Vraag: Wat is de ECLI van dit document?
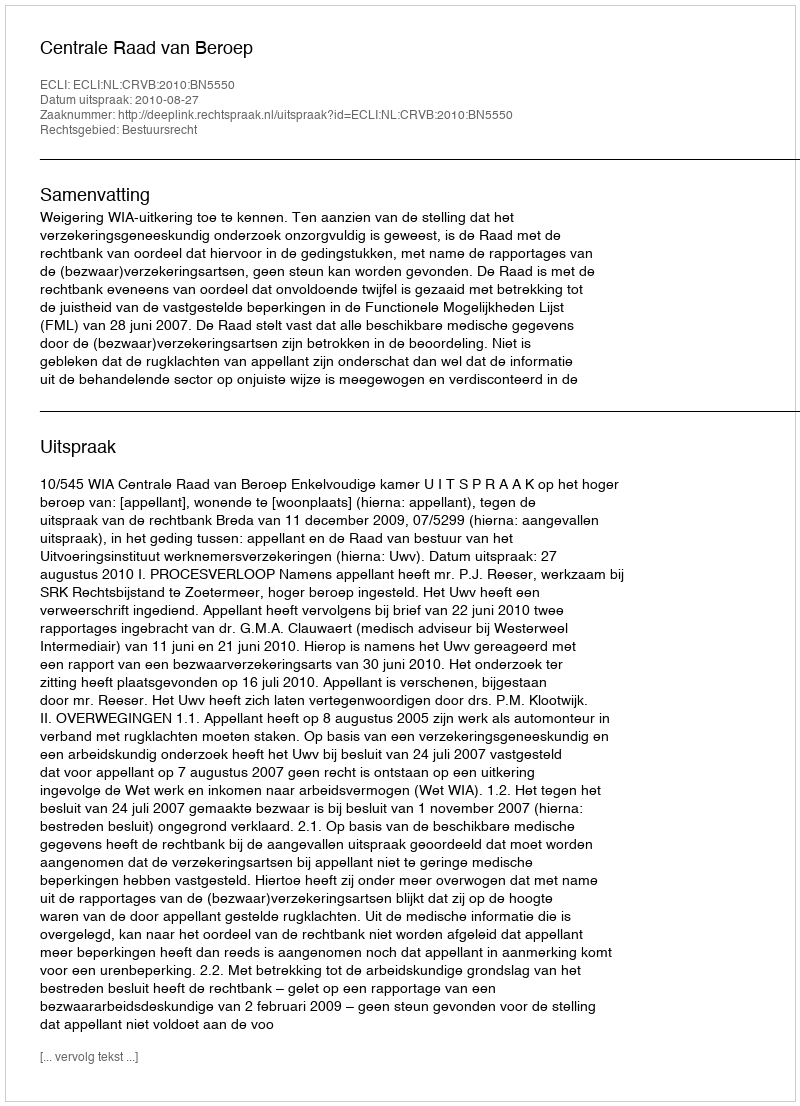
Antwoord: ECLI:NL:CRVB:2010:BN5550